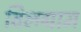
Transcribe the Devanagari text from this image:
विलग्राम